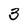
Character: 3